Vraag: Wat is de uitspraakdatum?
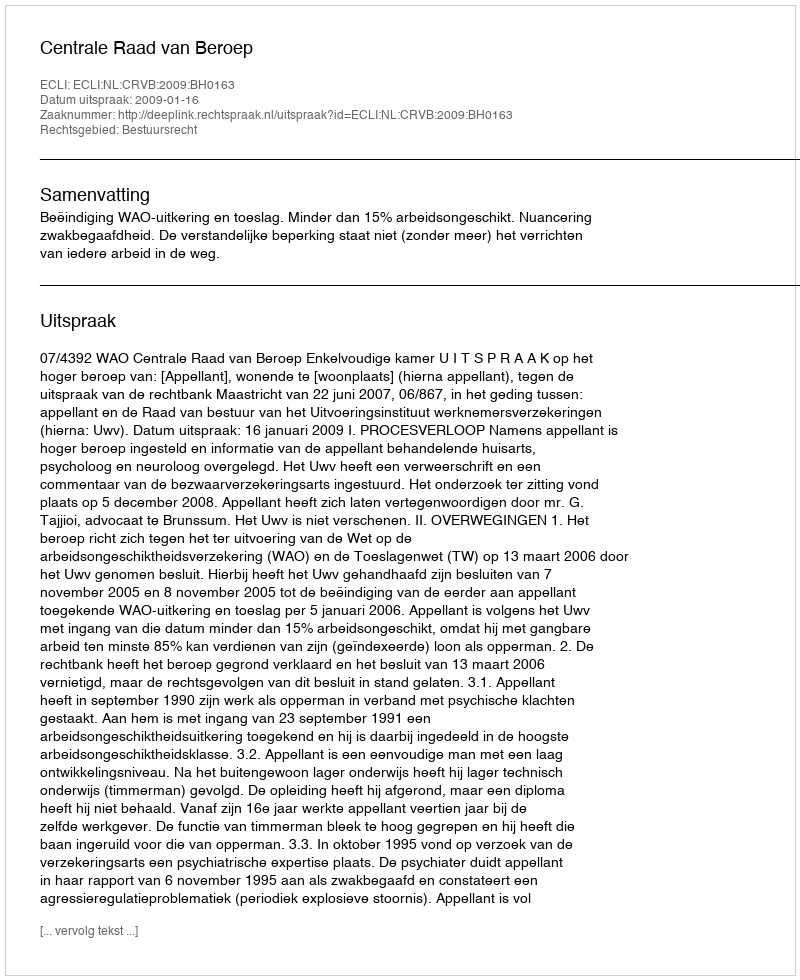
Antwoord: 2009-01-16